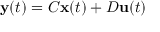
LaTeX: \mathbf { y } ( t ) = C \mathbf { x } ( t ) + D \mathbf { u } ( t )